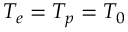
T _ { e } = T _ { p } = T _ { 0 }